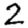
Digit: 2